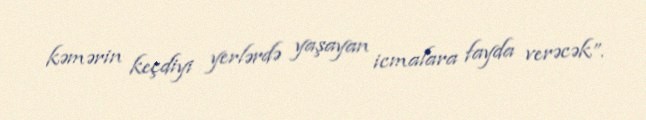
kəmərin keçdiyi yerlərdə yaşayan icmalara fayda verəcək”.